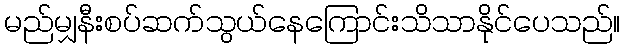
မည်မျှနီးစပ်ဆက်သွယ်နေကြောင်းသိသာနိုင်ပေသည်။